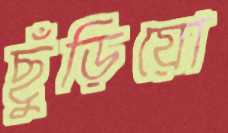
ছুঁড়িয়ো